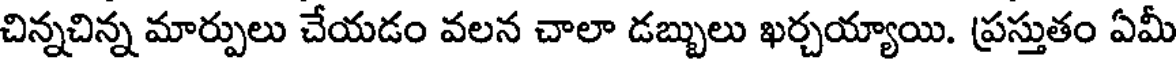
చిన్నచిన్న మార్పులు చేయడం వలన చాలా డబ్బులు ఖర్చయ్యాయి. ప్రస్తుతం ఏమీ